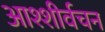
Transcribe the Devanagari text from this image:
आश्शीर्वचन